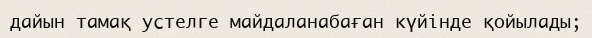
дайын тамақ устелге майдаланабаған күйінде қойылады;